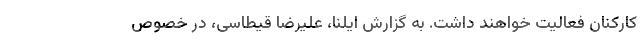
کارکنان فعالیت خواهند داشت. به گزارش ایلنا، علیرضا قیطاسی، در خصوص